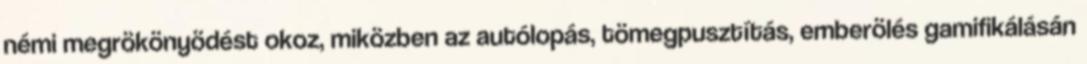
némi megrökönyödést okoz, miközben az autólopás, tömegpusztítás, emberölés gamifikálásán